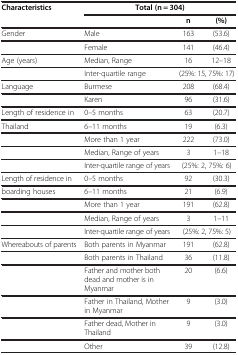
| Characteristics | <COLSPAN=3> Total (n = 304) |
 |  |  | n | (%) |
 | --- | --- | --- | --- |
 | Gender | Male | 163 | (53.6) |
 |  | Female | 141 | (46.4) |
 | Age (years) | Median, Range | 16 | 12–18 |
 |  | Inter-quartile range | <COLSPAN=2> (25%: 15, 75%: 17) |
 | Language | Burmese | 208 | (68.4) |
 |  | Karen | 96 | (31.6) |
 | Length of residence in | 0–5 months | 63 | (20.7) |
 | Thailand | 6–11 months | 19 | (6.3) |
 |  | More than 1 year | 222 | (73.0) |
 |  | Median, Range of years | 3 | 1–18 |
 |  | Inter-quartile range of years | <COLSPAN=2> (25%: 2, 75%: 6) |
 | Length of residence in | 0–5 months | 92 | (30.3) |
 | boarding houses | 6–11 months | 21 | (6.9) |
 |  | More than 1 year | 191 | (62.8) |
 |  | Median, Range of years | 3 | 1–11 |
 |  | Inter-quartile range of years | <COLSPAN=2> (25%: 2, 75%: 5) |
 | Whereabouts of parents | Both parents in Myanmar | 191 | (62.8) |
 |  | Both parents in Thailand | 36 | (11.8) |
 |  | Father and mother both dead and mother is in Myanmar | 20 | (6.6) |
 |  | Father in Thailand, Mother in Myanmar | 9 | (3.0) |
 |  | Father dead, Mother in Thailand | 9 | (3.0) |
 |  | Other | 39 | (12.8) |